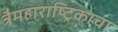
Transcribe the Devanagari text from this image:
त्रैमहाराष्ट्रिकाचा